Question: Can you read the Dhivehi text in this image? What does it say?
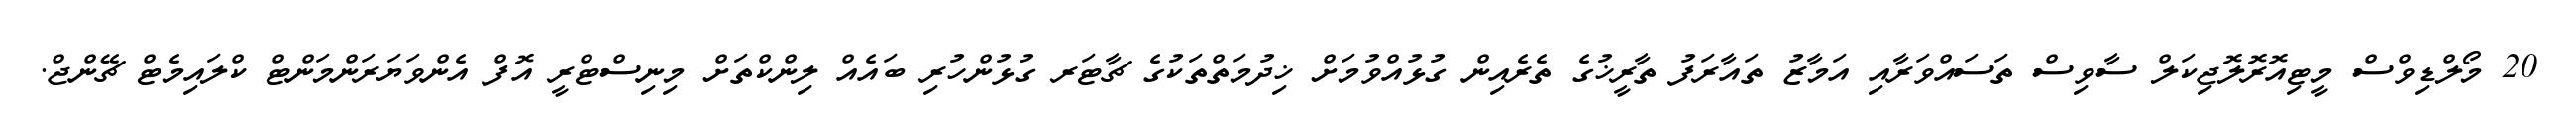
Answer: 20 މޯލްޑިވްސް މީޓިއޮރޮލޮޖިކަލް ސާވިސް ތަސައްވަރާއި އަމާޒު ތައާރަފު ތާރީޚުގެ ތެރެއިން ގުޅުއްވުމަށް ޚިދުމަތްތަކުގެ ޗާޓަރ ގުޅުންހުރި ބައެއް ލިންކްތަށް މިނިސްޓްރީ އޮފް އެންވަޔަރަންމަންޓް ކްލައިމެޓް ޗޭންޖް.